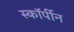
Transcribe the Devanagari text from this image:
स्कॉर्पीन